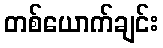
တစ်ယောက်ချင်း